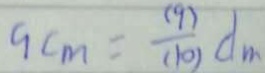
9 c m = \frac { ( 9 ) } { ( 1 0 ) } d _ { m }